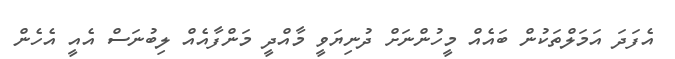
އެފަދަ އަމަލްތަކުން ބައެއް މީހުންނަށް ދުނިޔަވީ މާއްދީ މަންފާއެއް ލިބުނަސް އެއީ އެހެން